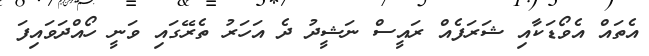
އެތައް އެވޯޑަކާއި ޝަރަފެއް ރައީސް ނަޝީދު ދެ އަހަރު ތެރޭގައި ވަނީ ހޯއްދަވައިފަ